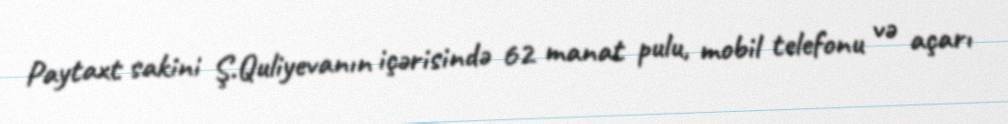
Paytaxt sakini Ş.Quliyevanın içərisində 62 manat pulu, mobil telefonu və açarı